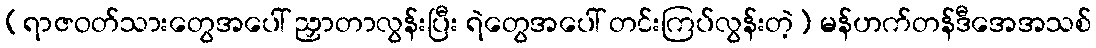
(ရာဇဝတ်သားတွေအပေါ် ညှာတာလွန်းပြီး ရဲတွေအပေါ် တင်းကြပ်လွန်းတဲ့) မန်ဟက်တန်ဒီအေအသစ်